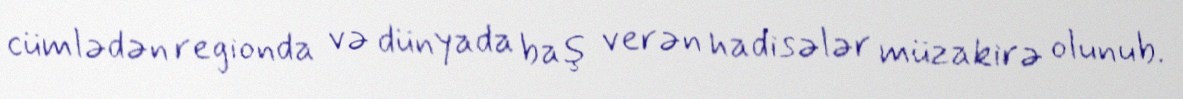
cümlədən regionda və dünyada baş verən hadisələr müzakirə olunub.